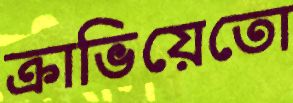
ক্রাভিয়েতো